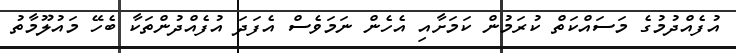
އުފެއްދުމުގެ މަސައްކަތް ކުރަމުން ކަމަށާއި އެހެން ނަމަވެސް އެފަދަ އުފެއްދުންތަކާ ބެހޭ މައުލޫމާތު